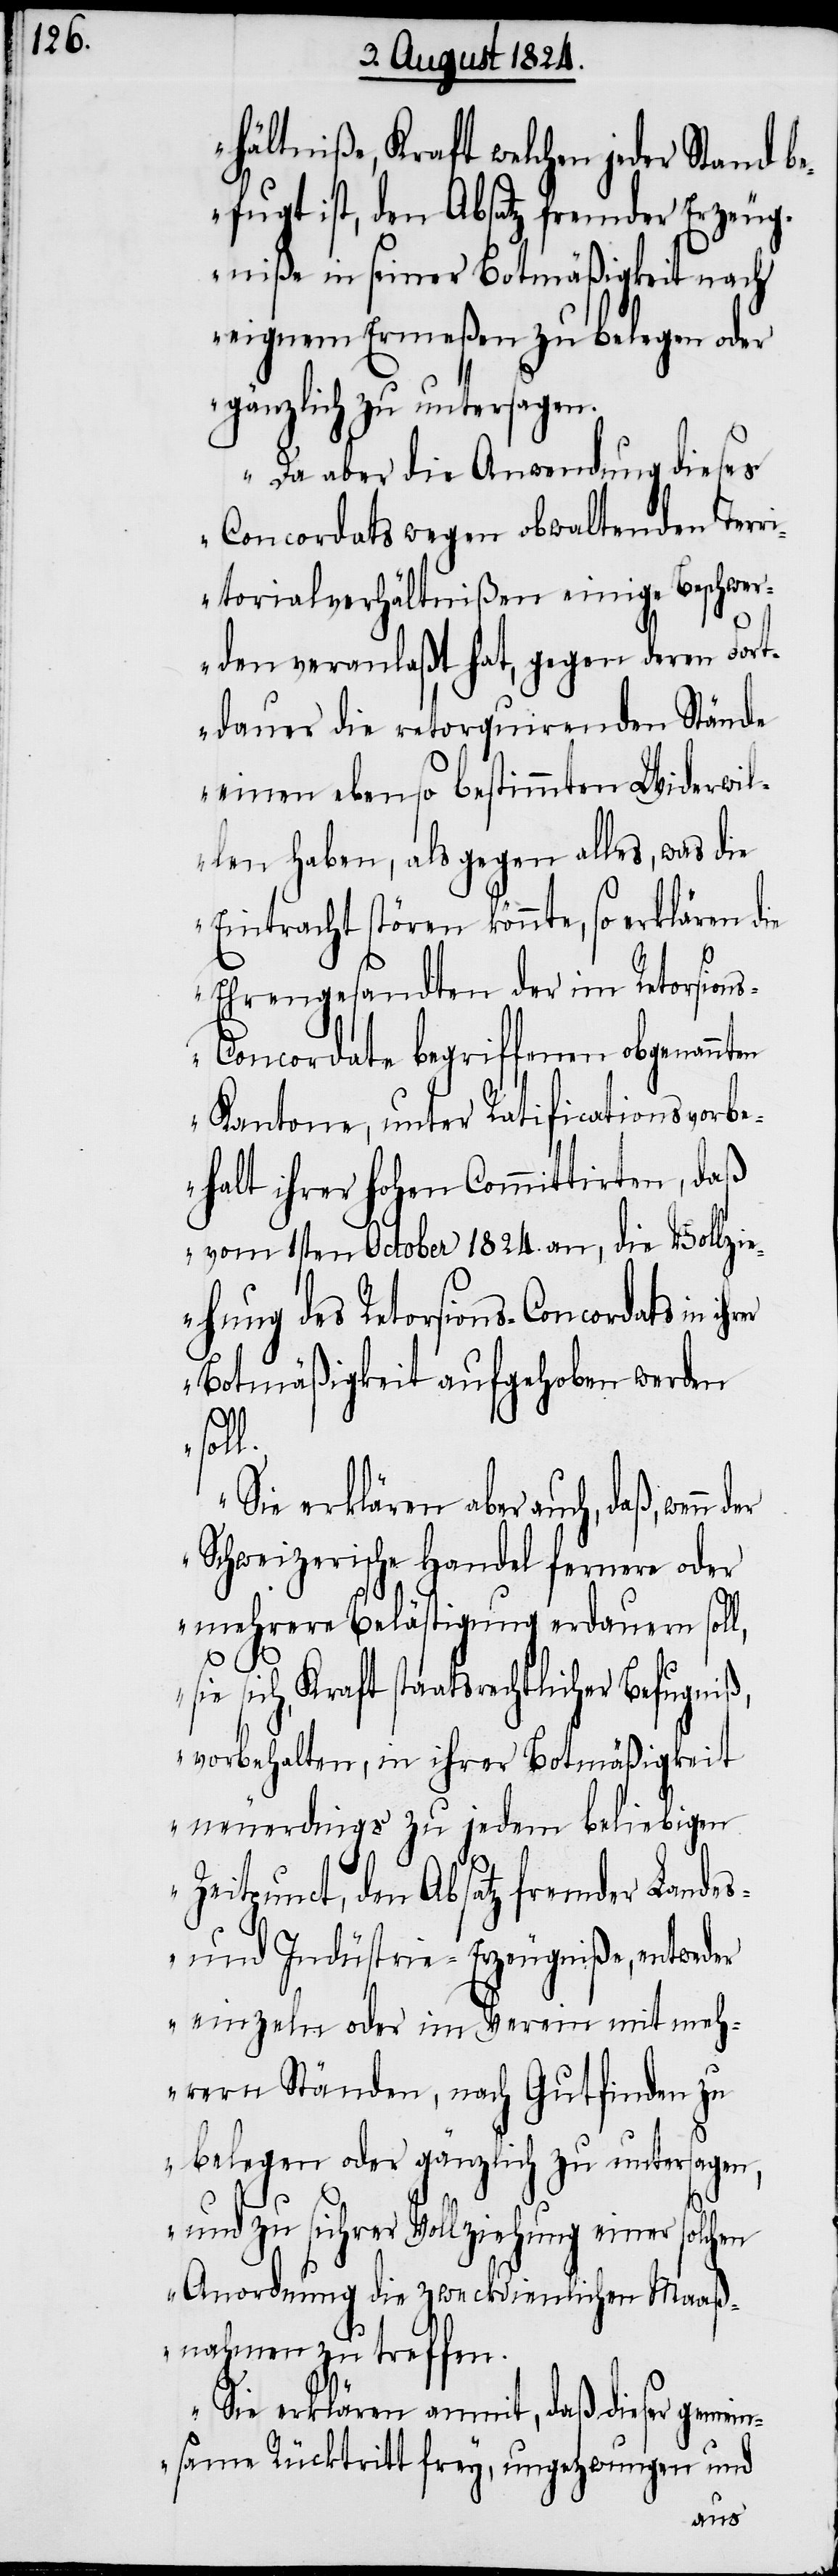
hältniße, Kraft welchen jeder Stand b¬
efugt ist, den Absatz fremder Erzeug¬
niße in seiner Botmäßigkeit nach
eigenem Ermeßen zu belegen oder
gänzlich zu untersagen.
Da aber die Anwendung dieses
Concordats wegen obwaltenden Terri¬
torialverhältnißen einige Beschwer¬
den veranlaßt hat, gegen deren Fort¬
dauer die retorquirenden Stände
einen ebenso bestimmten Widerwil¬
len haben, als gegen alles, was die
Eintracht stören könnte, so erklären
Ehrengesandten der im Retorsion¬
s-Concordate begriffenen obgenannt¬
en Kantone, unter Ratificationsvorbe¬
halt ihrer hohen Committirten, daß
vom 1sten October 1824. an, die Vollzi¬
ehung des Retorsions-Concordats in
Botmäßigkeit aufgehoben werden
soll.
Sie erklären aber auch, daß, wenn
Schweizerische Handel fernere oder
mehrere Belästigung erdauern soll,
sie sich, Kraft staatsrechtlicher Befugniß,
vorbehalten, in ihrer Botmäßigkeit
neuerdings zu jedem beliebigen
Zeitpunct, den Absatz fremder Landes-
und Indüstrie-Erzeugniße, entweder
einzeln oder im Verein mit meh¬
rern Ständen, nach Gutfinden zu
belegen oder gänzlich zu untersagen,
und zu sichrer Vollziehung einer solchen
Anordnung die zweckdienlichen Maaß¬
nahmen zu treffen.
Sie erklären anmit, daß dieser gemei¬
nsame Rücktritt frey, ungezwungen und